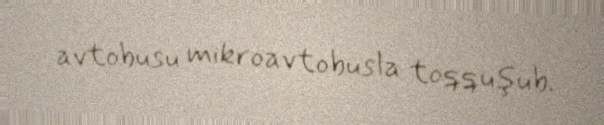
avtobusu mikroavtobusla toqquşub.